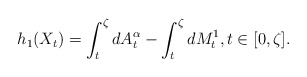
\begin{align*}h_{1}(X_{t})=\int_{t}^{\zeta}dA_{t}^{\alpha}-\int_{t}^{\zeta}dM_{t}^{1},t\in[0,\zeta].\end{align*}